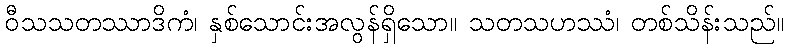
ဝီသသတဿာဒိကံ၊ နှစ်သောင်းအလွန်ရှိသော။ သတသဟဿံ၊ တစ်သိန်းသည်။